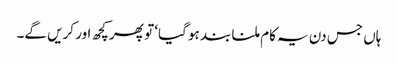
ہاں جس دن یہ کام ملنا بند ہو گیا‘ تو پھر کچھ اور کریں گے۔